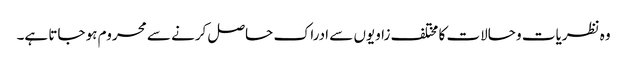
وہ نظریات و حالات کا مختلف زاویوں سے ادراک حاصل کرنے سے محروم ہو جاتا ہے۔